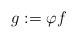
LaTeX: \begin{align*}g := \varphi f\end{align*}